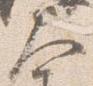
大